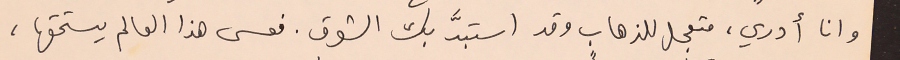
وانا أدري، متعجل للذهاب وقد استبدَّ بك الشوق. فعسى هذا العالم يستحقها،